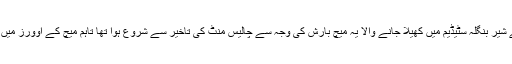
واضع رہے کہ ڈھاکا کے شیرِ بنگلہ سٹیڈیم میں کھیلا جانے والا یہ میچ بارش کی وجہ سے چالیس منٹ کی تاخیر سے شروع ہوا تھا تاہم میچ کے اوورز میں کوئی کمی نہیں کی گئی۔